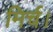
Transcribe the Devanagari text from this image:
मिर्च।